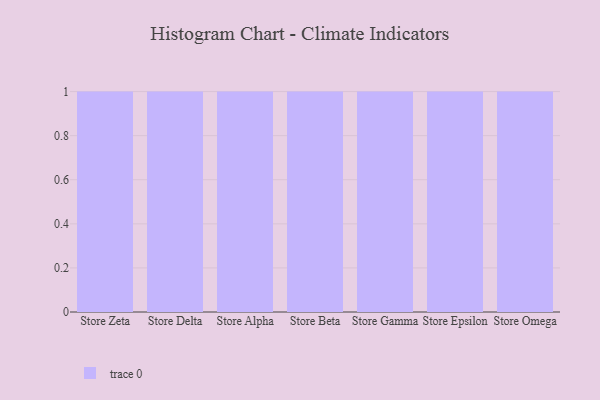
{"axis": {"x": "Store", "y": "Latency (ms)"}, "legend": [""], "data": [{"x": "Store Zeta", "y": 4, "type": ""}, {"x": "Store Delta", "y": 73, "type": ""}, {"x": "Store Alpha", "y": 41, "type": ""}, {"x": "Store Beta", "y": 33, "type": ""}, {"x": "Store Gamma", "y": 41, "type": ""}, {"x": "Store Epsilon", "y": 96, "type": ""}, {"x": "Store Omega", "y": 20, "type": ""}]}